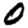
Digit: 0